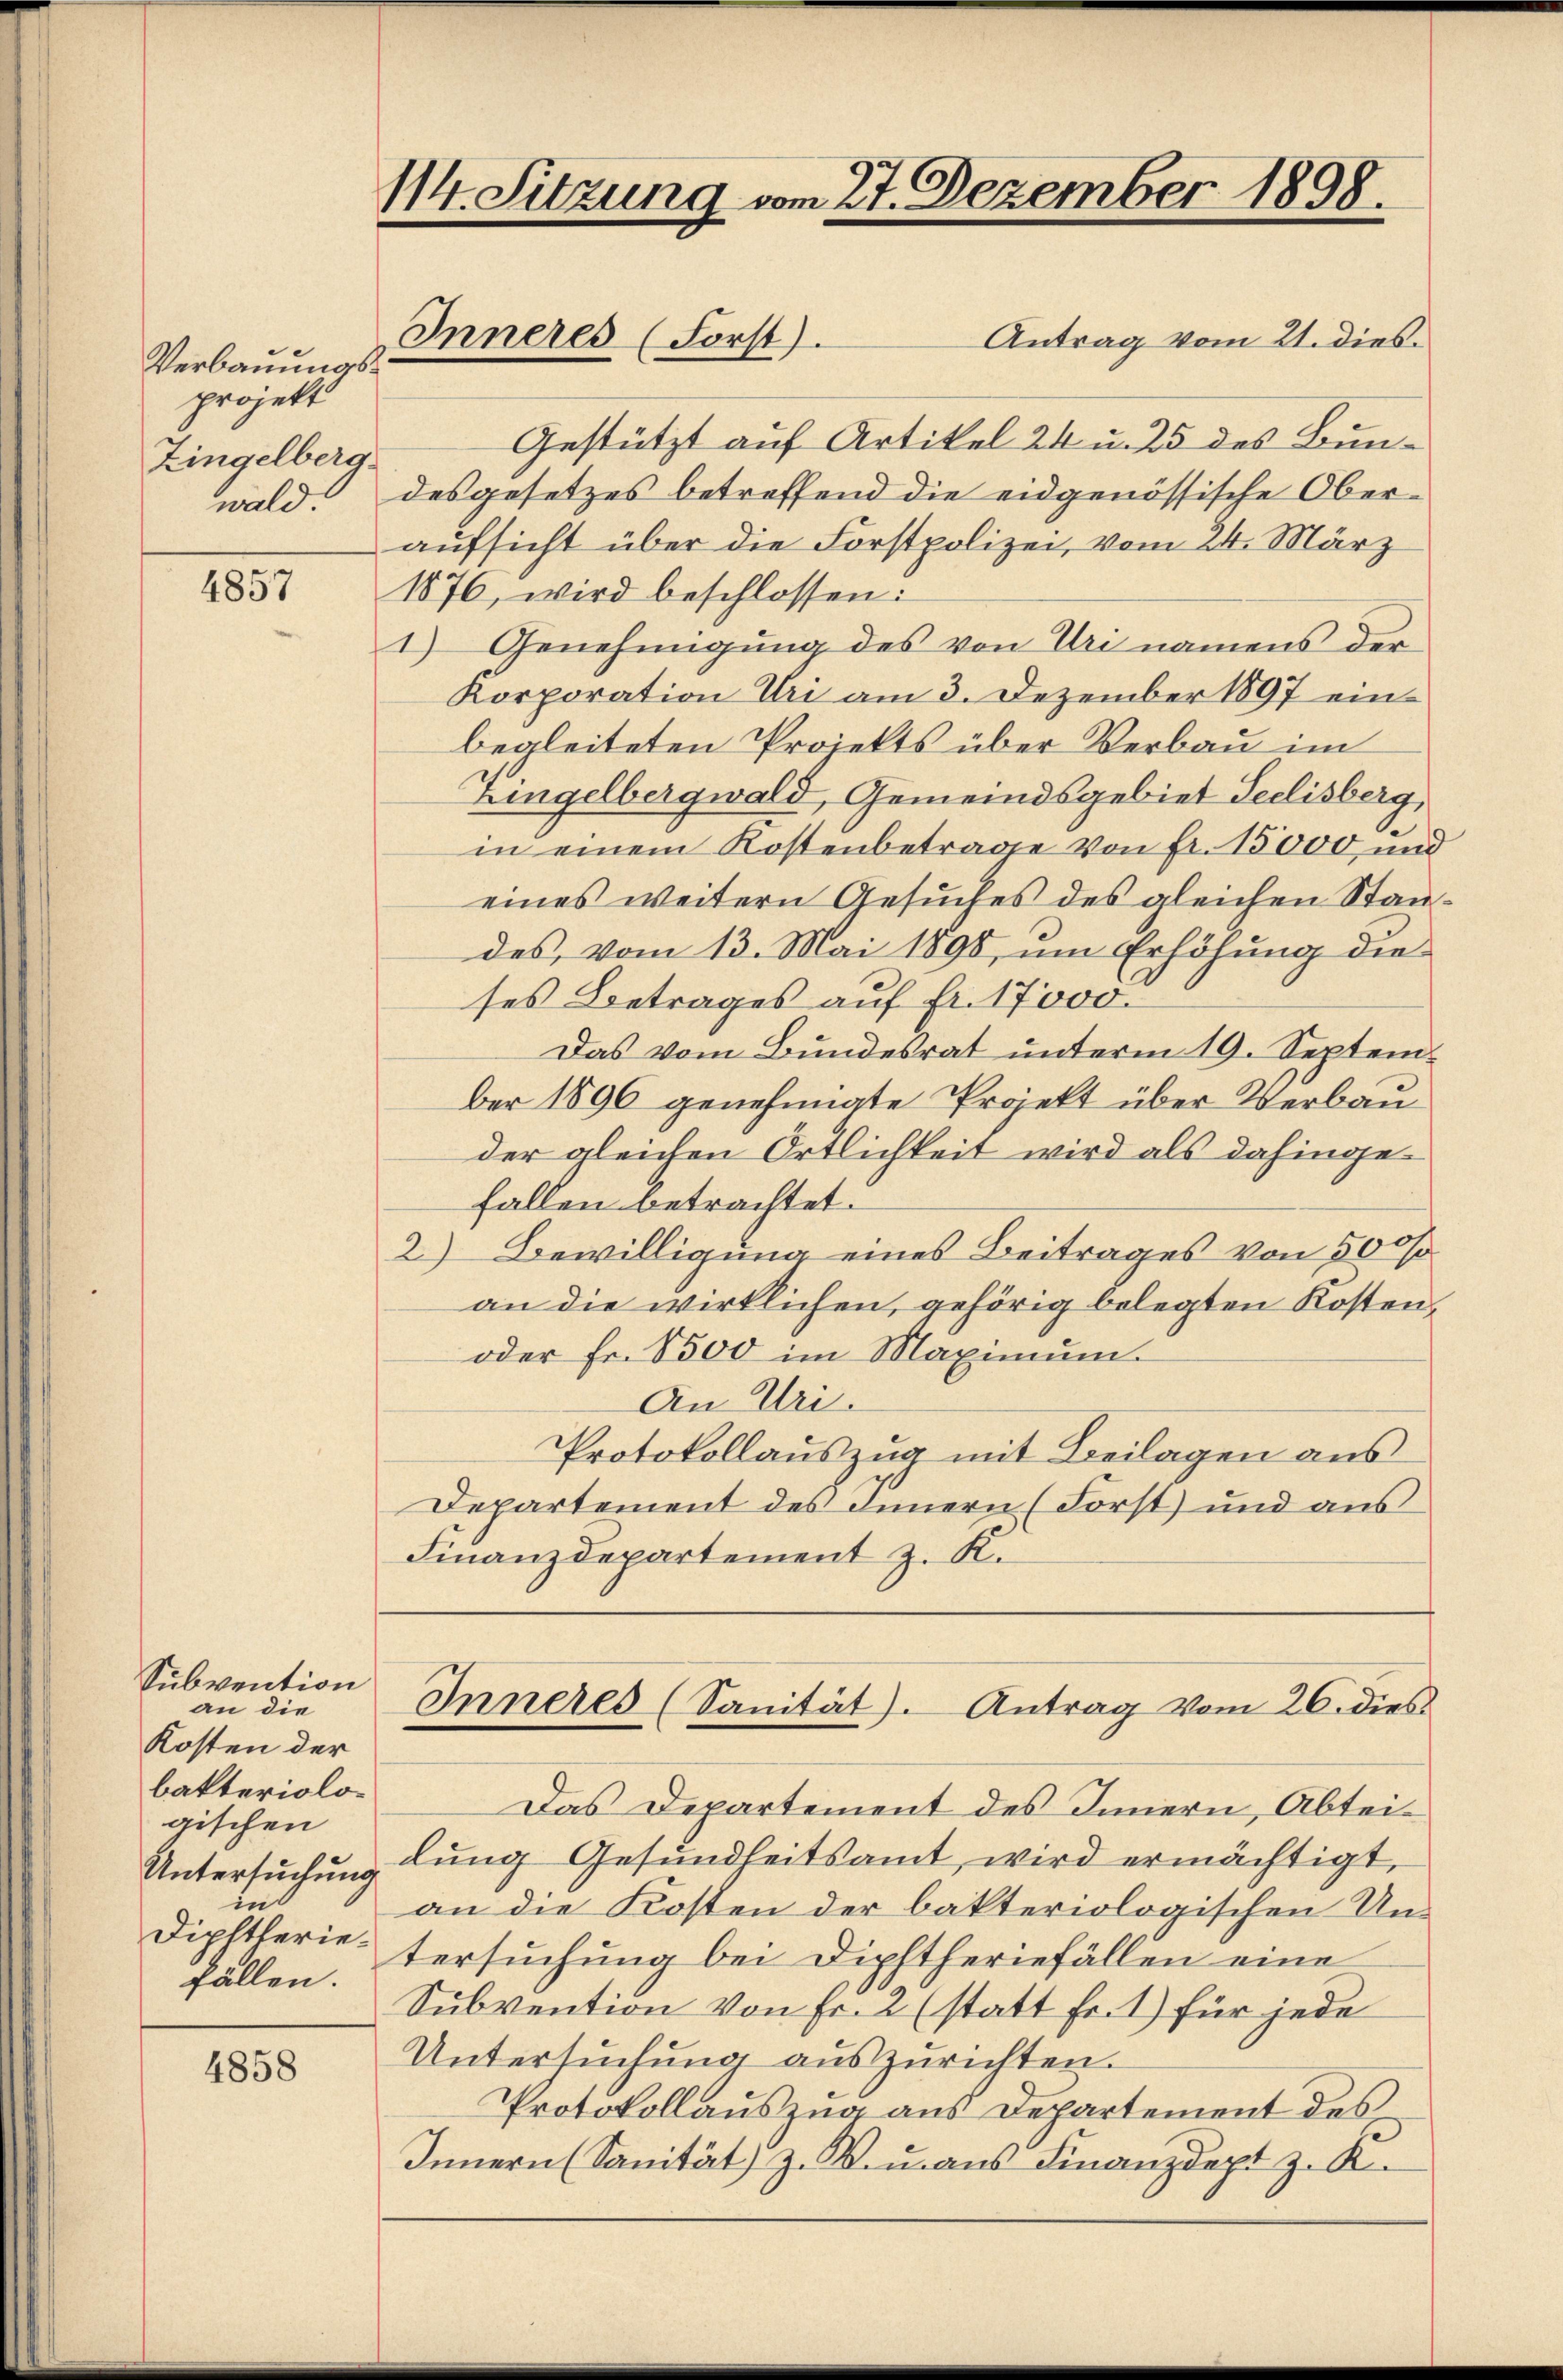
Verbauungsprojekt
Zingelberg.
wald.

4857

Subvention
an die
Kosten der
bakteriologischen
Untersuchung
in
Diphtheriefällen.

4858

114. Sitzung vom 27. Dezember 1898.
Inneres (Forst).
Antrag vom 21. dies¬

Gestützt auf Artikel 24 u. 25 des Bundesgesetzes betreffend die eidgenössische Oberaufsicht über die Forstpolizei, vom 24. März
1876, wird beschlossen:
1) Genehmigŭng des von Uri namens der
Korporation Uri am 3. Dezember 1897 einbegleiteten Projekts über Verbau im
Zingelbergwald, Gemeindsgebiet Seelisberg,
in einem Kostenbetrage von Fr. 15000, und
eines weitern Gesuches des gleichen Standes, vom 13. Mai 1898, um Erhöhung die
ses Betrages auf fr. 17000.
Das vom Bundesrat ŭnterm 19. September 1896 genehmigte Projekt über Verbau
der gleichen Ortlichkeit wird als dahingefallen betrachtet.
2) Bewilligung eines Beitrages von 500/
an die wirklichen, gehörig belegten Kosten¬
oder Fr. 8500 im Maximum.
An Uri.
Protokollauszug mit Beilagen aus
Departement des Innern (Forst) und aus
Finanzdepartement z. K.
Inneres (Sanität). Antrag vom 26. dies
Das Departement des Innern, Abteidung Gesundheitsamt wird ermächtigt,
an die Kosten der bakteriologischen Untersuchung bei Diphtheriefällen eine
Subvention von Fr. 2 (statt Fr. 1) für jede
Untersuchung auszurichten.
Protokollauszug aus Departement des
Innern (Sanität) z. B. aus Finanzdept z. K.